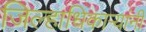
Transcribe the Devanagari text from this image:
जिल्हाधिकाऱ्यांनी